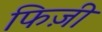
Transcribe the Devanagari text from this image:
फिज़ी